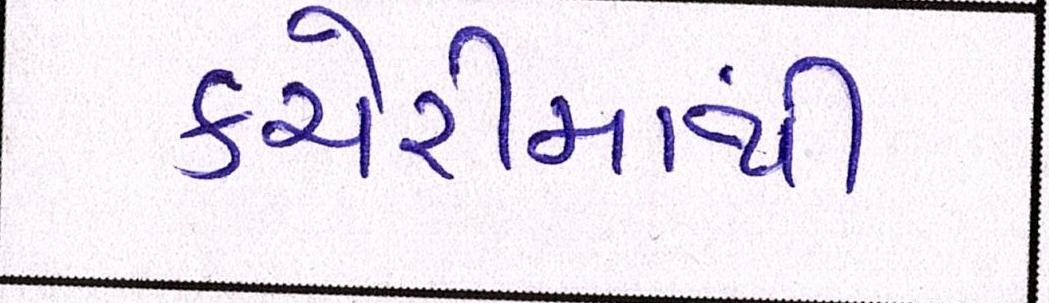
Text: કચેરીમાંથી